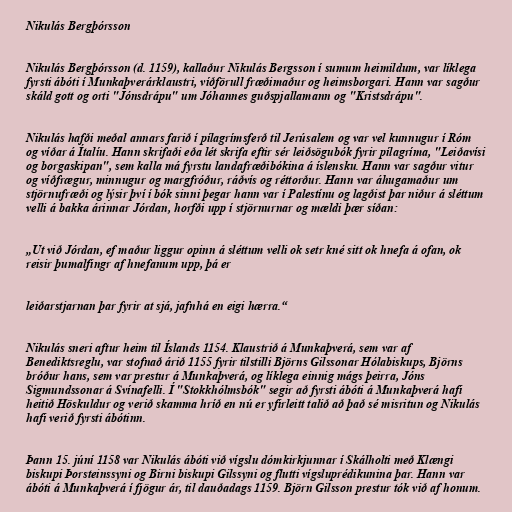
Nikulás Bergþórsson

Nikulás Bergþórsson (d. 1159), kallaður Nikulás Bergsson í sumum heimildum, var líklega
fyrsti ábóti í Munkaþverárklaustri, víðförull fræðimaður og heimsborgari. Hann var sagður
skáld gott og orti "Jónsdrápu" um Jóhannes guðspjallamann og "Kristsdrápu".

Nikulás hafði meðal annars farið í pílagrímsferð til Jerúsalem og var vel kunnugur í Róm
og víðar á Ítalíu. Hann skrifaði eða lét skrifa eftir sér leiðsögubók fyrir pílagríma, "Leiðavísi
og borgaskipan", sem kalla má fyrstu landafræðibókina á íslensku. Hann var sagður vitur
og víðfrægur, minnugur og margfróður, ráðvís og réttorður. Hann var áhugamaður um
stjörnufræði og lýsir því í bók sinni þegar hann var í Palestínu og lagðist þar niður á sléttum
velli á bakka árinnar Jórdan, horfði upp í stjörnurnar og mældi þær síðan:

„Ut við Jórdan, ef maður liggur opinn á sléttum velli ok setr kné sitt ok hnefa á ofan, ok
reisir þumalfingr af hnefanum upp, þá er

leiðarstjarnan þar fyrir at sjá, jafnhá en eigi hærra.“

Nikulás sneri aftur heim til Íslands 1154. Klaustrið á Munkaþverá, sem var af
Benediktsreglu, var stofnað árið 1155 fyrir tilstilli Björns Gilssonar Hólabiskups, Björns
bróður hans, sem var prestur á Munkaþverá, og líklega einnig mágs þeirra, Jóns
Sigmundssonar á Svínafelli. Í "Stokkhólmsbók" segir að fyrsti ábóti á Munkaþverá hafi
heitið Höskuldur og verið skamma hríð en nú er yfirleitt talið að það sé misritun og Nikulás
hafi verið fyrsti ábótinn.

Þann 15. júní 1158 var Nikulás ábóti við vígslu dómkirkjunnar í Skálholti með Klængi
biskupi Þorsteinssyni og Birni biskupi Gilssyni og flutti vígsluprédikunina þar. Hann var
ábóti á Munkaþverá í fjögur ár, til dauðadags 1159. Björn Gilsson prestur tók við af honum.